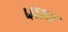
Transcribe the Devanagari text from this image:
४४५६२